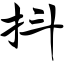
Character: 抖